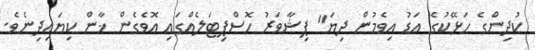
ކުދިންގެ ހަޅޭކުގެ އަޑު އިވެމުން ދިޔަ" ޕިޝާވަރު ހޮސްޕިޓަލެއްގައި އޮވެގެން ޚާން ކިޔައިދިނެވެ.